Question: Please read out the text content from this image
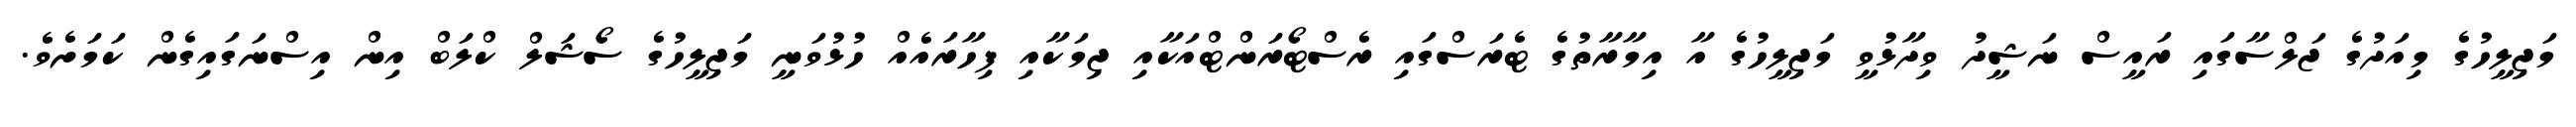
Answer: މަޖިލީހުގެ މިއަދުގެ ޖަލްސާގައި ރައީސް ނަޝީދު ވިދާޅުވީ މަޖިލީހުގެ އާ އިމާރާތުގެ ޓެރަސްގައި ރެސްޓޯރަންޓްއަކާއި ޖިމަކާއި ފިހާރައެއް ހުޅުވަނީ މަޖިލީހުގެ ސޯޝަލް ކްލަބް އިން އިސްނަގައިގެން ކަމަށެވެ.